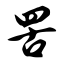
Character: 罟